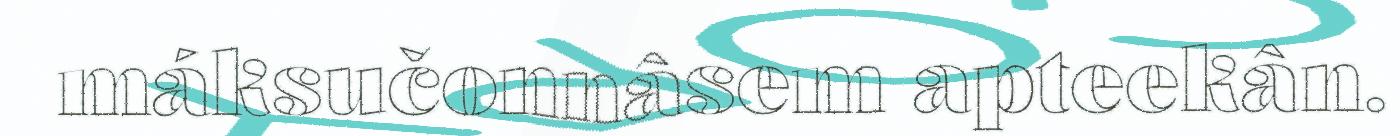
máksučonnâsem apteekân.